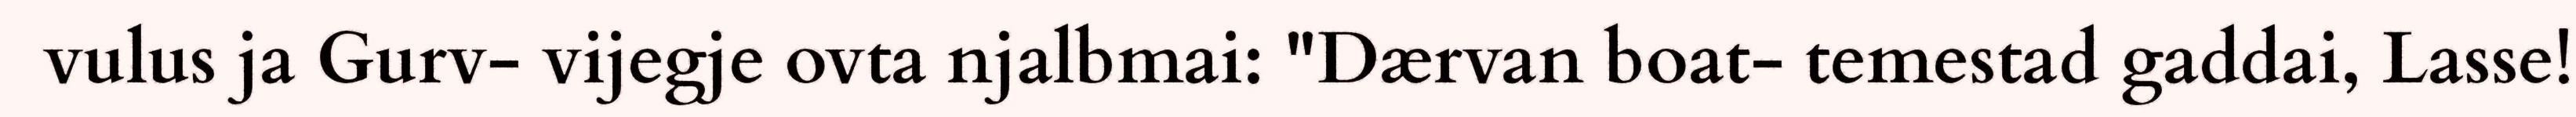
vulus ja Gurv- vijegje ovta njalbmai: "Dærvan boat- temestad gaddai, Lasse!